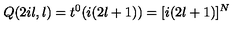
Q ( 2 i l , l ) = t ^ { 0 } ( i ( 2 l + 1 ) ) = [ i ( 2 l + 1 ) ] ^ { N }